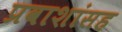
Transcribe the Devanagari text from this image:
प्रवाशांसह